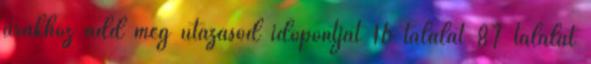
árakhoz add meg utazásod időpontját 16 találat 87 találat